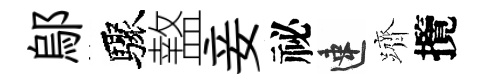
鄔驟盩妾祕速躋攬